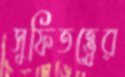
সুফিতত্ত্বের